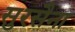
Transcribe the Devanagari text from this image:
सुरसैना